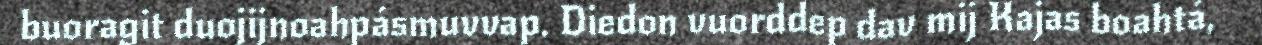
buoragit duojijnoahpásmuvvap. Diedon vuorddep dav mij Kajas boahtá,